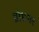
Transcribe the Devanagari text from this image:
ब्रोशनर